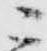
ニ